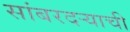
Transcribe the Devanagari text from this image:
सांबरदर्‍याची